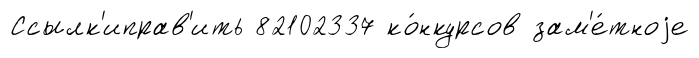
Ссылк'иправ'ить 82102337 ко́нкурсов зам'е́тноjе